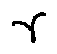
\gamma